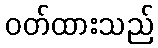
ဝတ်ထားသည်